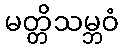
မတ္တိသမ္ဘဝံ